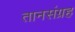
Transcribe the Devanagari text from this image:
तानसंग्रह